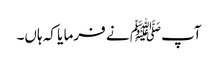
آپﷺ نے فرما یا کہ ہاں۔